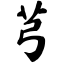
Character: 芎